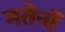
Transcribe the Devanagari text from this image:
मतेर्नो